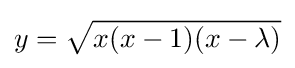
y={\sqrt {x(x-1)(x-\lambda )}}